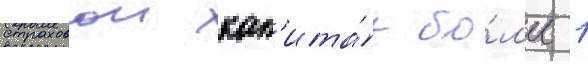
страховои кап'ита́л бо́л'ее 1